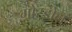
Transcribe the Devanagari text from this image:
गोरडोन